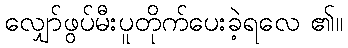
လျှော်ဖွပ်မီးပူတိုက်ပေးခဲ့ရလေ ၏။